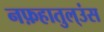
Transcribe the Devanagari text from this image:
नफ़हातुल्उंस